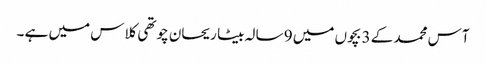
آس محمد کے 3 بچوں میں 9 سالہ بیٹا ریحان چوتھی کلاس میں ہے ۔